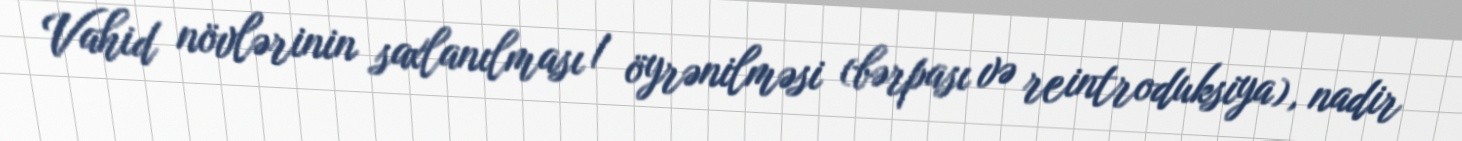
Vahid növlərinin saxlanılması / öyrənilməsi (bərpası və reintroduksiya), nadir